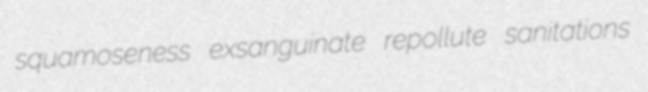
squamoseness exsanguinate repollute sanitations